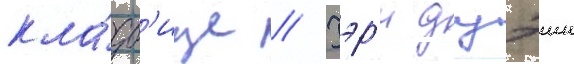
кла́дб'ище // Гэр'и дуэин